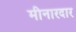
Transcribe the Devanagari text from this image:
मीनारदार